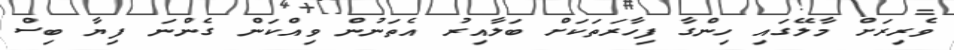
ވެރިރަށް މާލޭގައި ހިންގާ ފިހާރަތަކަށް ބަލާއިރު އެތަނުން ވިއްކަން ގެންނަ ފިޔާ ބިސް